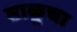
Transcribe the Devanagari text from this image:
बाकूचा